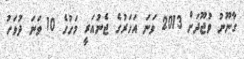
ގާނޫނު ވުޖޫދަށް 2013 ވަނަ އަހަރުގެ ޖެނުއަރީ މަހުގެ 10 ވަނަ ދުވަހު